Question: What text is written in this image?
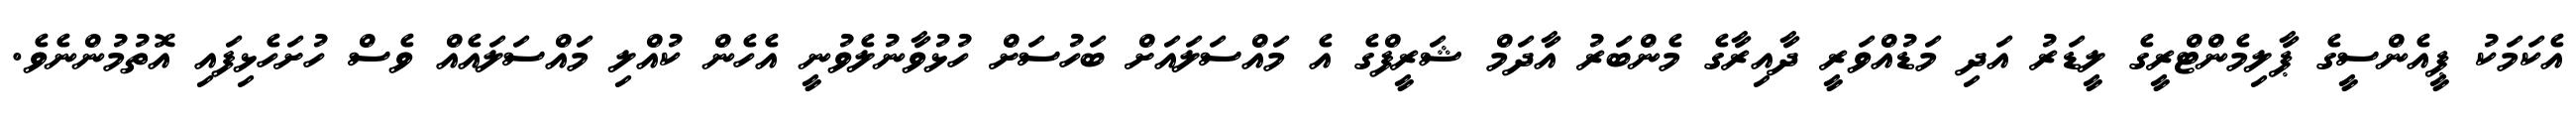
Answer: އެކަމަކު ޕީއެންސީގެ ޕާލިމެންޓްރީގެ ލީޑަރު އަދި މަޑުއްވަރީ ދާއިރާގެ މެންބަރު އާދަމް ޝަރީފްގެ އެ މައްސަލައަށް ބަހުސަށް ހުޅުވާނުލެވުނީ އެހެން ކުއްލި މައްސަލައެއް ވެސް ހުށަހެޅިފައި އޮތުމުންނެވެ.